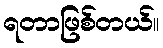
ရတာဖြစ်တယ်။